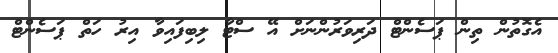
އެގޮތުން ތިން ޕަސެންޓް ދަރިވަރުންނަށް އޭ ސްޓާ ލިބިފައިވާ އިރު ހަތް ޕަސެންޓް